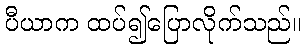
ပီယာက ထပ်၍ပြောလိုက်သည်။